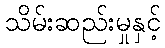
သိမ်းဆည်းမှုနှင့်